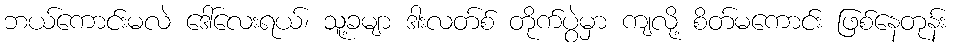
ဘယ်ကောင်းမလဲ ဒေါ်လေးရယ်၊ သူ့ခမျာ ဒါးလတ်စ် တိုက်ပွဲမှာ ကျလို့ စိတ်မကောင်း ဖြစ်နေတုန်း